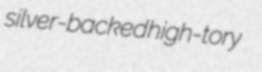
silver-backed high-tory